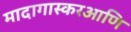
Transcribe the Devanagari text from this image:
मादागास्करआणि